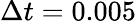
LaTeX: \Delta t=0.005